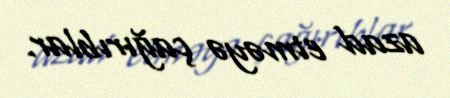
azad etməyə çağırıblar.